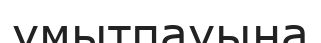
ұмытпауына